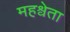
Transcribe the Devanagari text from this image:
महश्वेता